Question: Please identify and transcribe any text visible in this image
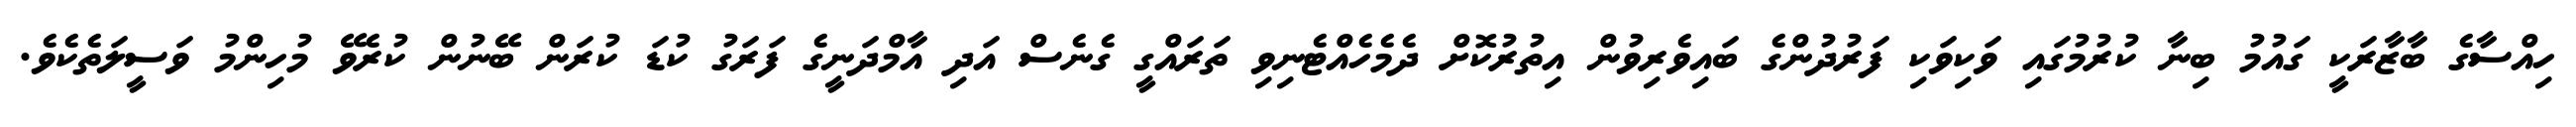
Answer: ހިއްސާގެ ބާޒާރަކީ ގައުމު ބިނާ ކުރުމުގައި ވަކިވަކި ފަރުދުންގެ ބައިވެރިވުން އިތުރުކޮށް ދެމެހެއްޓެނިވި ތަރައްގީ ގެނެސް އަދި އާމްދަނީގެ ފަރަގު ކުޑަ ކުރަން ބޭނުން ކުރެވޭ މުހިންމު ވަސީލަތެކެވެ.